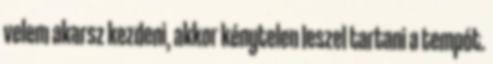
velem akarsz kezdeni, akkor kénytelen leszel tartani a tempót.